V__Kingissepa_nim__kolhoos, lk 41
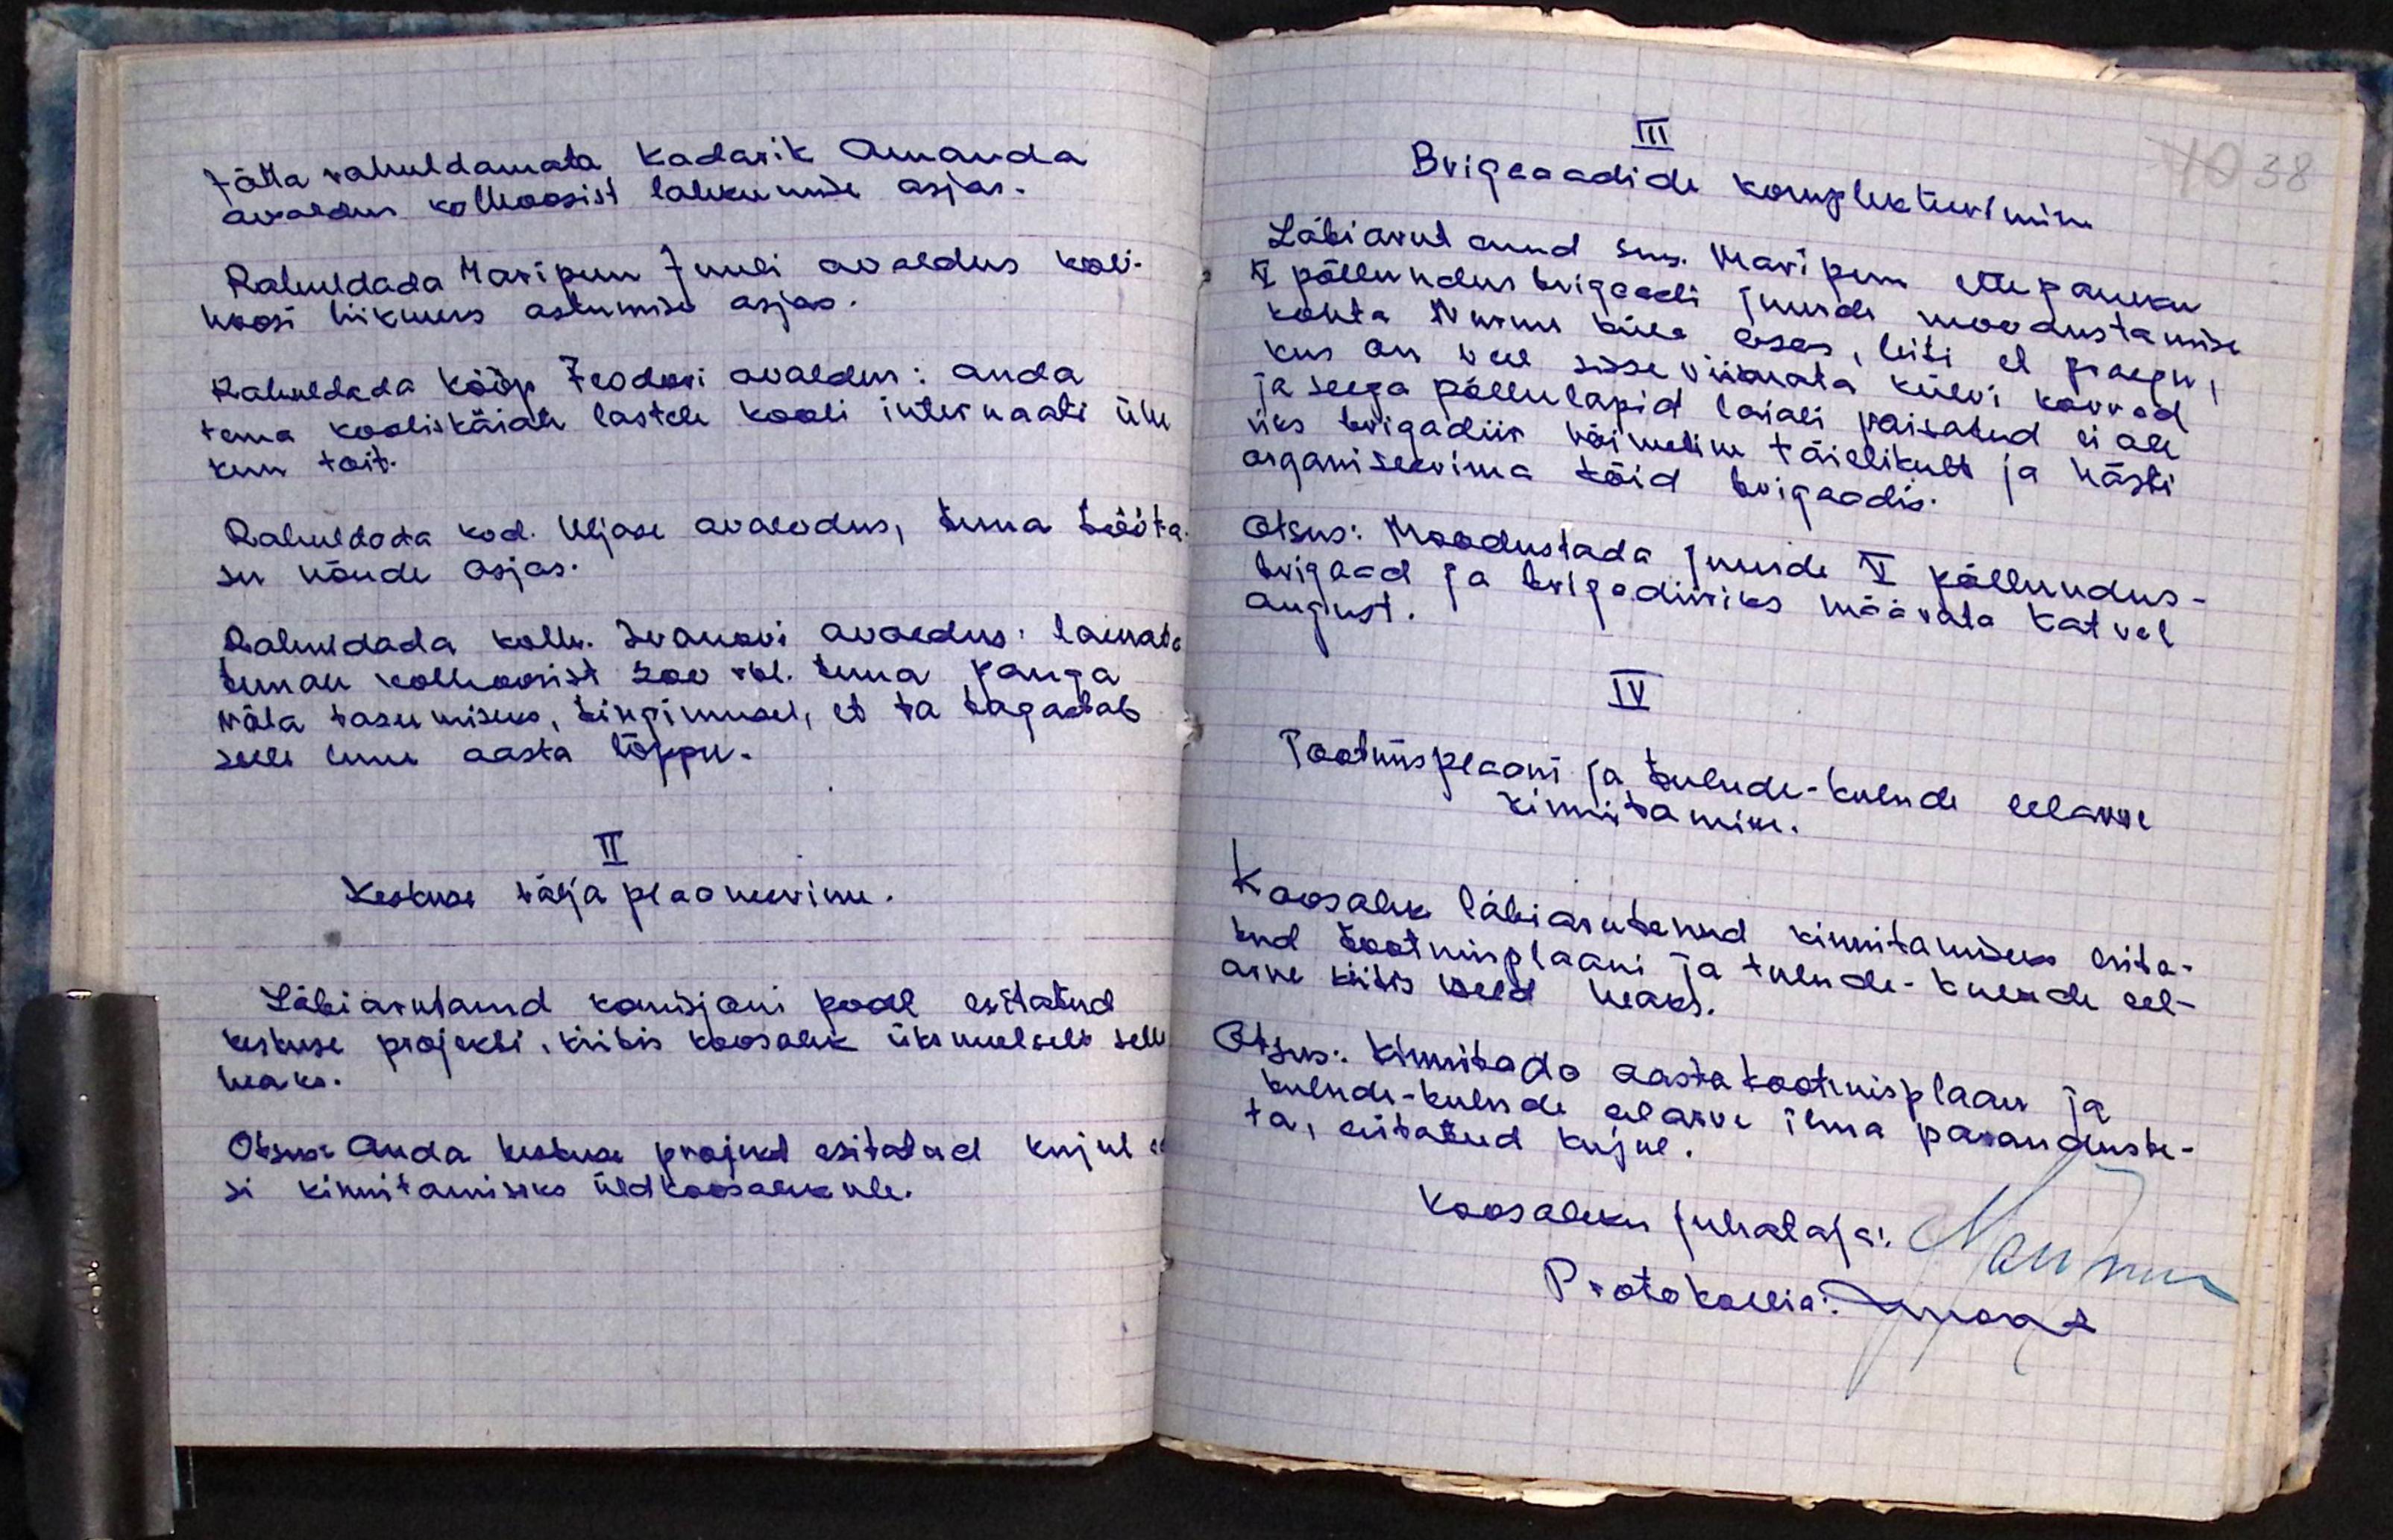
Jätta rahuldamata Kadarik Amanda
avaldus kolhoosist lahkumise asjas.
Rahuldada Maripuu Juuli avaldus koli-
hoosi liikmeks astumise asjas.
Rahuldada Kööp Feodori avaldus: anda
tema kooliskäiate lastele kooli internaati ühe
kuu toit.
Rahuldada kod. Uljase avalodus, tema tööta-
su nõude asjas.
Rahuldada kolh. Ivanovi avaldus: laenata
temale kolhoosist 200 rbl. tema panga
võla tasumiseks, tingimusel, et ta tagastab
selle enne aasta lõppu.
II
Keskuse välja plaoneerimine.
Läbiarutanud komisjoni poolt esitatud
keskuse projekti, kiitis koosolek üksmeelselt selle
heaks.
Otsus: Anda keskuse projekt esitatud kujul ed
si kinnitamiseks üldkoosolekule.

III
Brigaaadide komplekteerimine
Läbiarutanud sms. Maripuu ettepaneku
V põllundus brigaadi juurde moodustamise
kohta Nurme küla osas, leiti et praegu,
kus on veel sisse viimata külvi korrad
ja seega põllulapid laiali paisatud ei ole
üks brigadiir võimeline täielikult ja hästi
organiseerima töid brigaadis.
Otsus: Moodustada juude V põllundus-
brigaad ja brigadiiriks määrata Katvel
August.
IV
Tootmisplaani ja tulude-kulude eelarve
kinnitamine.
Koosolek läbiarutanud kinnitamiseks esita-
tud tootmisplaani ja tulude-kulude eel-
arve kiitis iseld heaks.
Otsus: Kinnitada aasta tootmisplaan ja
tulude-kulude eelarve ilma paranduste-
ta, esitatud kujul.
Koosoleku juhataja: Maripuu
Protokollia: Mook